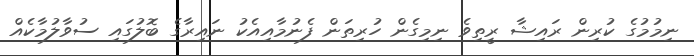
ނިމުމުގެ ކުރިން ރައިޝާ ރީތިވެ ނިމިގެން ހުރިތަން ފެނުމާއިއެކު ނައިރާގެ ބޮލުގައި ސުވާލުމާކެއް